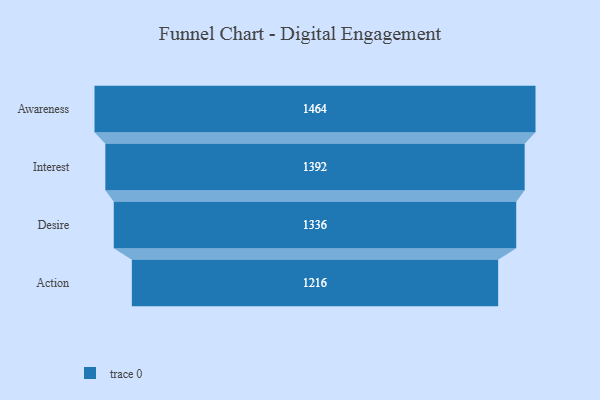
{"axis": {"x": "Stage", "y": "Value"}, "legend": [""], "data": [{"x": "Awareness", "y": 1464.0, "type": ""}, {"x": "Interest", "y": 1392.0, "type": ""}, {"x": "Desire", "y": 1336.0, "type": ""}, {"x": "Action", "y": 1216.0, "type": ""}]}